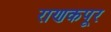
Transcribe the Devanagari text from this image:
राणकपूर